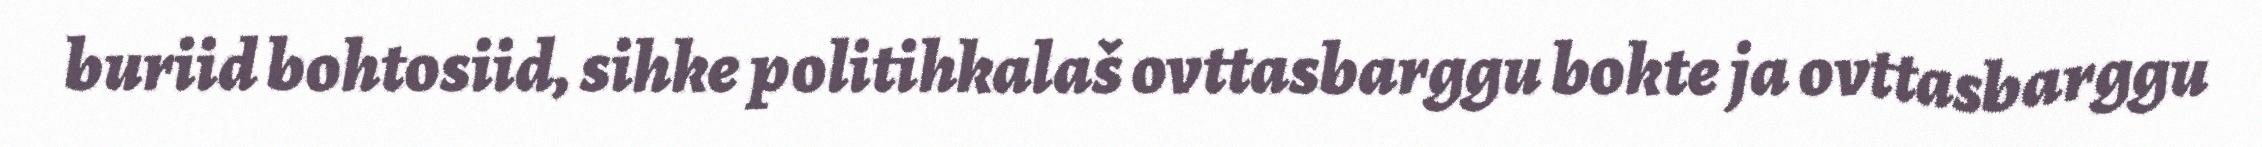
buriid bohtosiid, sihke politihkalaš ovttasbarggu bokte ja ovttasbarggu